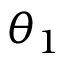
\theta _ { 1 }